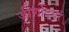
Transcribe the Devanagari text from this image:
जीर्णोद्धर